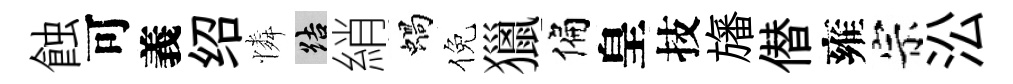
蝕可義绍憐結綃蝸倪獵偏皇技旛僣雍宗㳂